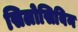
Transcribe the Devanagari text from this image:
सिलोसिबिन